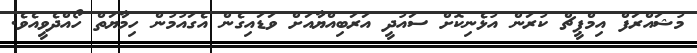
މުޝައްރަފް އިމްޕީޗް ކުރަން އުޅެނިކޮށް ސައުދީ އަރަބިއްޔާއަށް ވަޑައިގެން އެގައުމުން ހިމާޔަތް ހޯއްދެވީއެވެ.